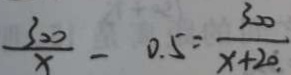
\frac { 3 0 0 } { x } - 0 . 5 = \frac { 3 2 0 } { x + 2 0 . }